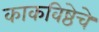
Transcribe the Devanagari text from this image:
काकविष्ठेचे